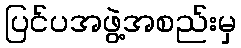
ပြင်ပအဖွဲ့အစည်းမှ